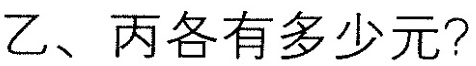
乙、丙各有多少元?